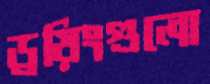
ড্রয়িংগুলো